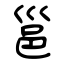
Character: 邕